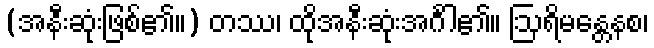
(အနီးဆုံးဖြစ်၏။) တဿ၊ ထိုအနီးဆုံးအင်္ဂါ၏။ ဩရိမန္တေနစ၊